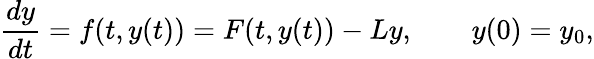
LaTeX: \frac{dy}{dt}=f(t,y(t))=F(t,y(t))-Ly,\qquad y(0)=y_{0},